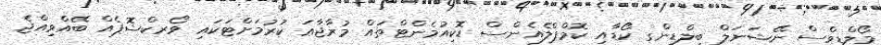
މޯލްޑިވްސް ނޭޝަނަލް ބިލްޑިންގ ކޯޑާއި ކޮމްޕްލެއެންސް ޑޮކިއުމެންޓްތައް މުރާޖާޢަ ކުރުމަށްޓަކައި ވޯރކްޝޮޕެއް ބޭއްވިއްޖެ